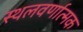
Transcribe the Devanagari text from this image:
स्थलवर्णात्मक